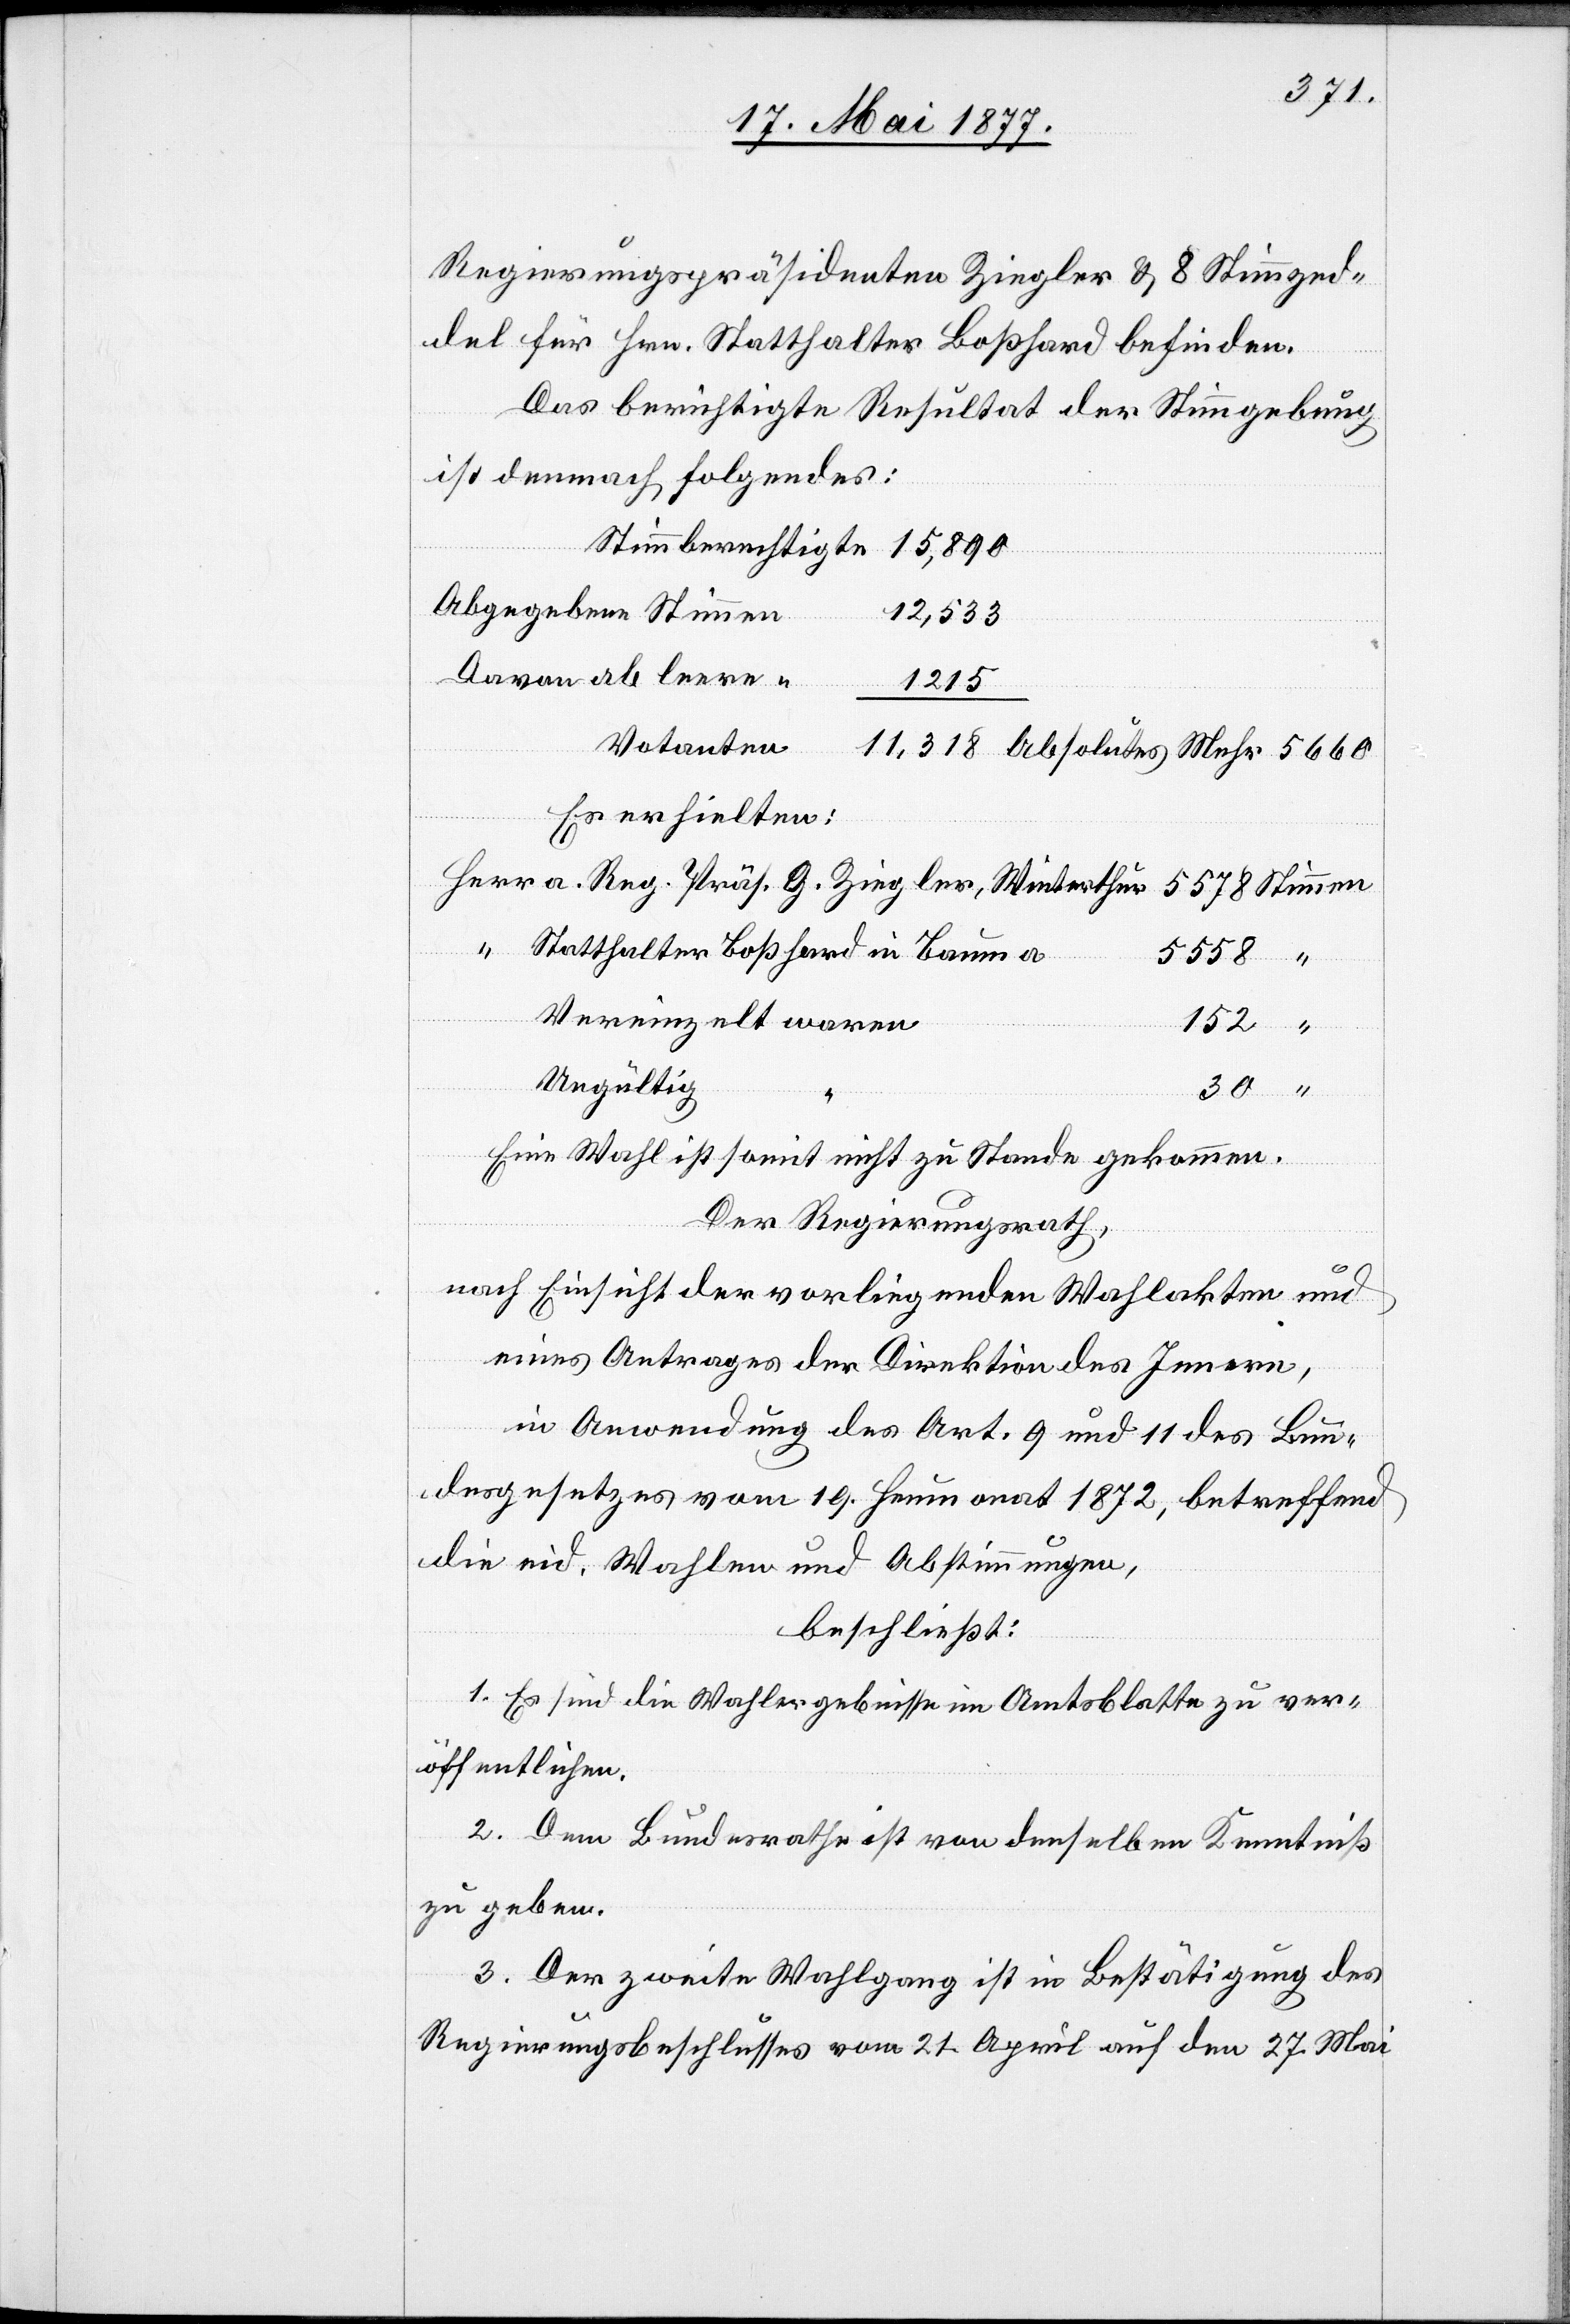
Regierungspräsidenten Ziegler & 8 Stimmzed¬
del für Hrn. Statthalter Boßhard befinden.
Das berichtigte Resultat der Stimmgebung
ist demnach folgendes:
Herr
Stimmberechtigte
15,890
men
12,533
Davon ab leere
“
11,318
“
Votanten
Es erhielten:
a. Reg. Präs. G. Ziegler, Winterthur
Statthalter Boßhard in Bauma
5558
Stim¬
Vereinzelt waren
152
Ungültig
30
Eine Wahl ist somit nicht zu Stande gekommen.
Der Regierungsrath,
nach Einsicht der vorliegenden Wahlakten und
eines Antrages der Direktion des Innern,
in Anwendung des Art. 9 und 11 des Bun¬
desgesetzes vom 19. Heumonat 1872, betreffend
die eid. Wahlen und Abstimmungen,
beschließt:
1. Es sind die Wahlergebnisse im Amtsblatte zu ver¬
öffentlichen.
2. Dem Bundesrathe ist von denselben Kenntniß
zu geben.
3. Der zweite Wahlgang ist in Bestätigung des
Regierungsbeschlusses vom 21. April auf den 27. Mai